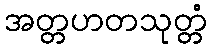
အတ္တဟတသုတ္တံ